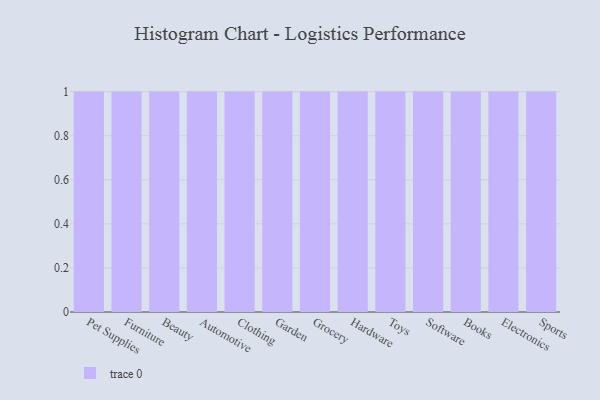
{"axis": {"x": "Category", "y": "Active Users"}, "legend": [""], "data": [{"x": "Pet Supplies", "y": 12, "type": ""}, {"x": "Furniture", "y": 5, "type": ""}, {"x": "Beauty", "y": 26, "type": ""}, {"x": "Automotive", "y": 62, "type": ""}, {"x": "Clothing", "y": 24, "type": ""}, {"x": "Garden", "y": 10, "type": ""}, {"x": "Grocery", "y": 26, "type": ""}, {"x": "Hardware", "y": 68, "type": ""}, {"x": "Toys", "y": 59, "type": ""}, {"x": "Software", "y": 75, "type": ""}, {"x": "Books", "y": 28, "type": ""}, {"x": "Electronics", "y": 24, "type": ""}, {"x": "Sports", "y": 94, "type": ""}]}